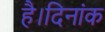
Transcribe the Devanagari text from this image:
है।दिनांक